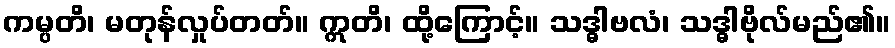
ကမ္ပတိ၊ မတုန်လှုပ်တတ်။ ဣတိ၊ ထို့ကြောင့်။ သဒ္ဓါဗလံ၊ သဒ္ဓါဗိုလ်မည်၏။